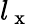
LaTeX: l_{\mathrm{~x~}}